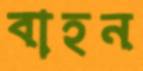
বাহন